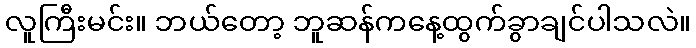
လူကြီးမင်း။ ဘယ်တော့ ဘူဆန်ကနေ့ထွက်ခွာချင်ပါသလဲ။